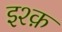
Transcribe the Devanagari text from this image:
इश्‍क़